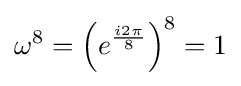
\omega ^{8}=\left(e^{\frac {i2\pi }{8}}\right)^{8}=1